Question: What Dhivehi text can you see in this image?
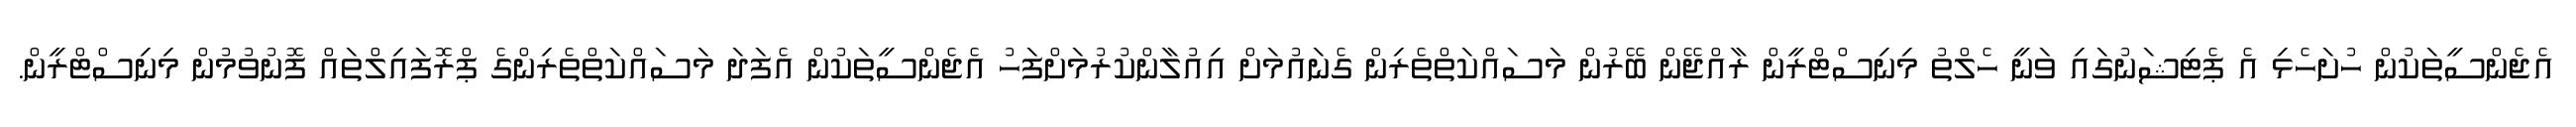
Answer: އެޖެންސީތަކުން ހުށަހެޅި އެ ޕެޓިޝަނުގައި ވަނީ ހެލްތު މިނިސްޓްރީން ރާއްޖޭން ބޭރުން މަސައްކަތްތެރިން ގެނައުމަށް އިއުލާންކުރުމަށްފަހު އެޖެންސީތަކުން އެފަދަ މަސައްކަތްތެރިންގެ ޕްރޮފައިލްތައް ފޮނުވުމުން މިނިސްޓްރީން.